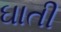
ઘાતી